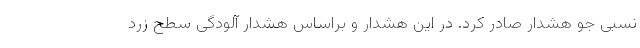
نسبی جو هشدار صادر کرد. در این هشدار و براساس هشدار آلودگی سطح زرد